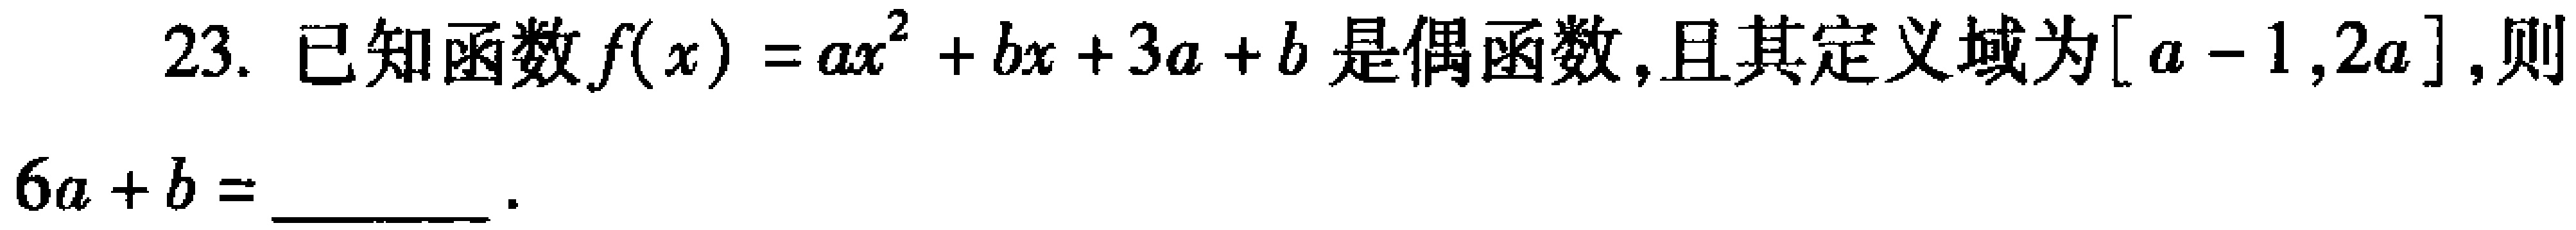
23. 已知函数\(f(x)=ax^{2}+bx + 3a + b\)是偶函数，且其定义域为\([a - 1,2a]\)，则

\(6a + b=\underline{\quad\quad}\)。